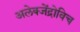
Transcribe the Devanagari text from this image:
अलेक्जेंद्रोविच